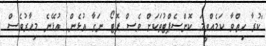
"ކުރާ ހިތްވާ ކަމެއްވީމަ ކޮންސެޕްޓުތަކަށް ވެސް ފޮޓޯ ނަގާ އުޅެން. އުޅޭނެ މިހާރުވެސް